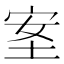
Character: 𡋅